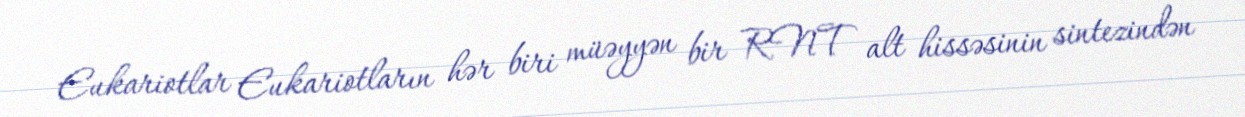
Eukariotlar Eukariotların hər biri müəyyən bir RNT alt hissəsinin sintezindən